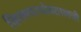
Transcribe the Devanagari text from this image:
किल्ल्याभोवतालची